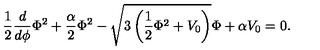
{ \frac { 1 } { 2 } \frac { d } { d \phi } \Phi ^ { 2 } + \frac { \alpha } { 2 } \Phi ^ { 2 } - \sqrt { 3 \left( \frac { 1 } { 2 } \Phi ^ { 2 } + V _ { 0 } \right) } \Phi + \alpha V _ { 0 } = 0 . }